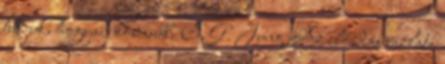
tudjuk, hogyan kövessük. C. G. Jung Az előadás vázlata